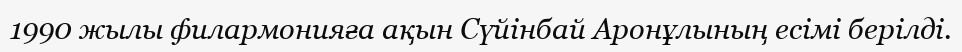
1990 жылы филармонияға ақын Сүйінбай Аронұлының есімі берілді.